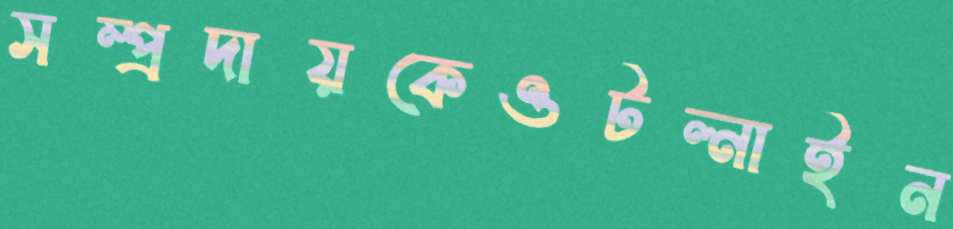
সম্প্রদায়কেওটল্‌নাইন